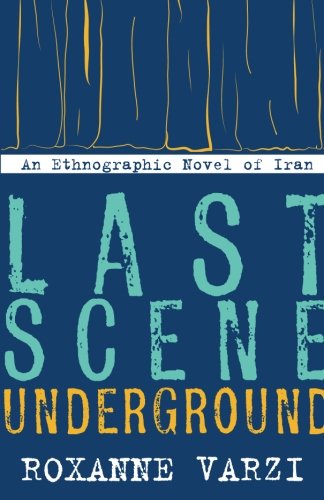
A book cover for Last Scene Underground: An Ethnographic Novel of Iran; Roxanne Varzi; Literature & Fiction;